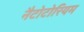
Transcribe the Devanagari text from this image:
नैटोटोरियम